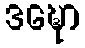
ဒဍ္ဎော